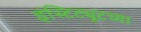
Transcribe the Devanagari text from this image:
इंस्टिट्यूटच्या